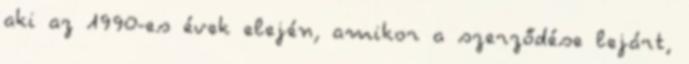
aki az 1990-es évek elején, amikor a szerződése lejárt,